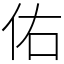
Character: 佑